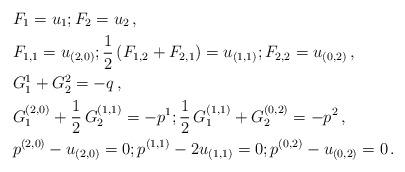
LaTeX: \begin{align*}&F_1 = u_1 ; F_2 = u_2 \, , \\&F_{1,1} = u_{(2,0)} ; \frac{1}{2} \left( F_{1,2} + F_{2,1} \right) = u_{(1,1)} ; F_{2,2} = u_{(0,2)} \, , \\&G_1^1 + G_2^2 = - q \, , \\&G_1^{(2,0)} + \frac{1}{2} \, G_2^{(1,1)} = -p^1 ; \frac{1}{2} \, G_1^{(1,1)} + G_2^{(0,2)} = -p^2 \, , \\&p^{(2,0)} - u_{(2,0)} = 0 ; p^{(1,1)} - 2u_{(1,1)} = 0 ; p^{(0,2)} - u_{(0,2)} = 0 \, .\end{align*}